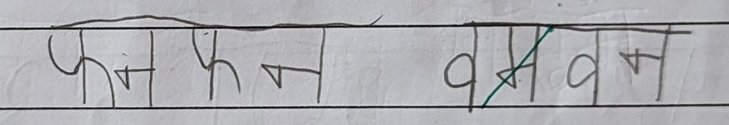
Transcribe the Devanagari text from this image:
फल फन वन